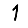
Digit: 1